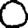
Digit: 0